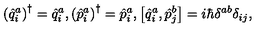
\left( \hat { q } _ { i } ^ { a } \right) ^ { \dagger } = \hat { q } _ { i } ^ { a } , \left( \hat { p } _ { i } ^ { a } \right) ^ { \dagger } = \hat { p } _ { i } ^ { a } , \left[ \hat { q } _ { i } ^ { a } , \hat { p } _ { j } ^ { b } \right] = i \hbar \delta ^ { a b } \delta _ { i j } ,